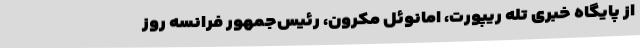
از پایگاه خبری تله‌ ریپورت، امانوئل مکرون، رئیس‌جمهور فرانسه روز